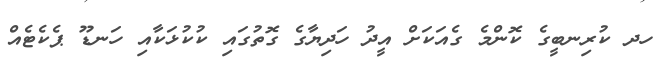
ހދ ކުރިނބީގެ ކޮންމެ ގެއަކަށް އީދު ހަދިޔާގެ ގޮތުގައި ކުކުޅަކާއި ހަނޑޫ ޕެކެޓެއް